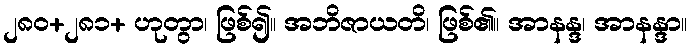
၂၈၀+၂၈၁+ ဟုတွာ၊ ဖြစ်၍။ အဘိဇာယတိ၊ ဖြစ်၏။ အာနန္ဒ၊ အာနန္ဒာ။